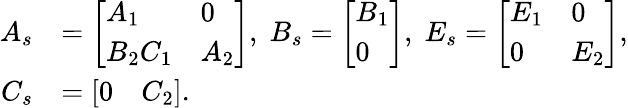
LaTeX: \begin{array}{rl}{A_{s}}&{=\left[\begin{array}{ll}{A_{1}}&{0}\\ {B_{2}C_{1}}&{A_{2}}\end{array}\right],\; B_{s}=\left[\begin{array}{l}{B_{1}}\\ {0}\end{array}\right],\; E_{s}=\left[\begin{array}{ll}{E_{1}}&{0}\\ {0}&{E_{2}}\end{array}\right],}\\ {C_{s}}&{=\left[\begin{array}{ll}{0}&{C_{2}}\end{array}\right].}\end{array}